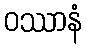
ဝဿာနံ